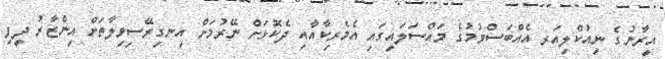
އީރާނުގެ ނިއުކްލިއަރ އެއްބަސްވުމުގެ މައްސަލައިގައި އެމެރިކާއާއި ދެކޮޅަށް ނޭރުމަށް އިނގިރޭސިވިލާތަށް އިންޒާރު ދީފި